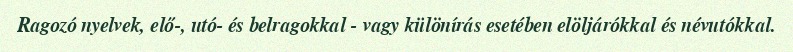
Ragozó nyelvek, elő-, utó- és belragokkal - vagy különírás esetében elöljárókkal és névutókkal.